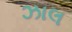
ઝાલ